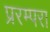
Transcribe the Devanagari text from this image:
प्ररम्परा